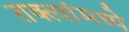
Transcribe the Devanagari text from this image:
तक्त्यांमध्ये